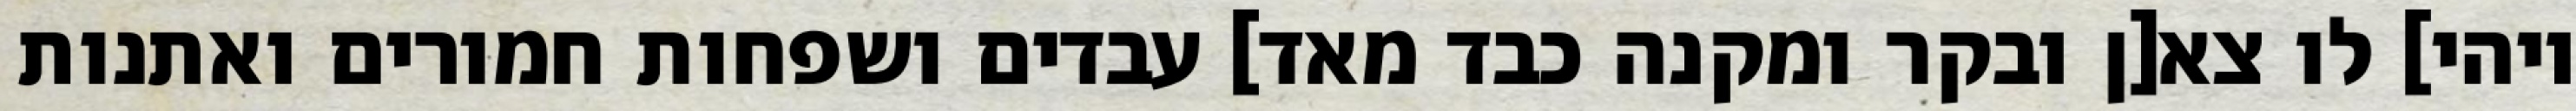
ויהי] לו צא[ן ובקר ומקנה כבד מאד] עבדים ושפחות חמורים ואתנות